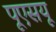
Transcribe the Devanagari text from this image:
पूएसयू